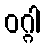
ဝဂ္ဂါ